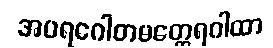
အပရဂေါတမတ္ထေရဂါထာ